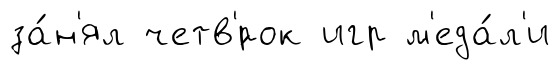
за́н'ял четв'́рок игр м'еда́л'и